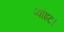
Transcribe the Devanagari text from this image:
प्‍वांइट।